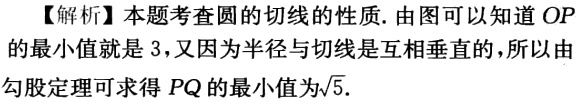
【解析】本题考查圆的切线的性质. 由图可以知道 \(OP\)的最小值就是 \(3\)，又因为半径与切线是互相垂直的，所以由勾股定理可求得 \(PQ\)的最小值为\(\sqrt{5}\).